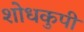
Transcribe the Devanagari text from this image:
शोधकुपी